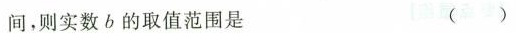
间，则实数b的取值范围是 ()